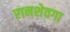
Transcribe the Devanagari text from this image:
रानशेवगा